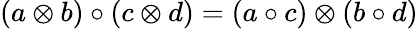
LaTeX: (a\otimes b)\circ(c\otimes d)=(a\circ c)\otimes(b\circ d)